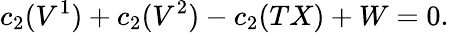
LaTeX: c_{2}(V^{1})+c_{2}(V^{2})-c_{2}(TX)+W=0.